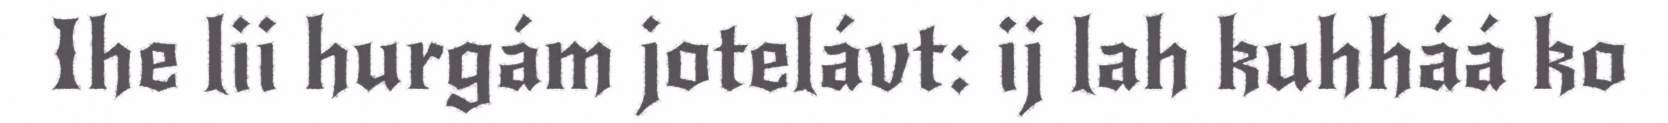
Ihe lii hurgám jotelávt: ij lah kuhháá ko